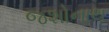
જશોનાથ